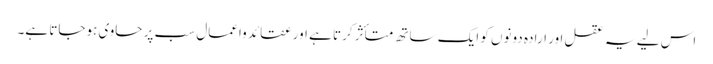
اس لیے یہ عقل اور ارادہ دونوں کو ایک ساتھ متأثر کرتا ہے اور عقائد واعمال سب پر حاوی ہوجاتا ہے۔